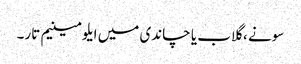
سونے ، گلاب یا چاندی میں ایلومینیم تار۔